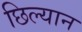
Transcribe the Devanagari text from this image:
छिल्यान